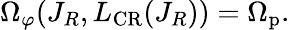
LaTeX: \Omega_{\varphi}(J_{R},L_{\mathrm{CR}}(J_{R}))=\Omega_{\mathrm{p}}.